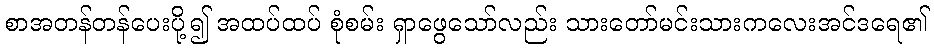
စာအတန်တန်ပေးပို့၍ အထပ်ထပ် စုံစမ်း ရှာဖွေသော်လည်း သားတော်မင်းသားကလေးအင်ဒရေ၏